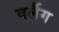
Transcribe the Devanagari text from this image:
वर्लैग